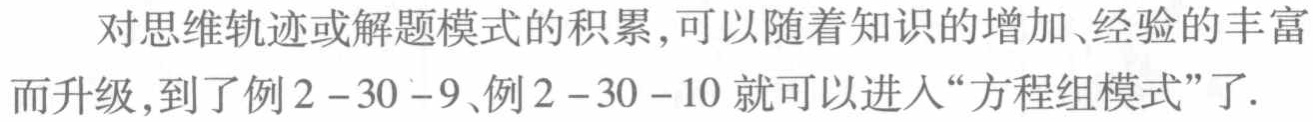
对思维轨迹或解题模式的积累,可以随着知识的增加、经验的丰富而升级,到了例2 - 30 - 9、例2 - 30 - 10 就可以进入“方程组模式”了.